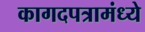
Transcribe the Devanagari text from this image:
कागदपत्रामंध्ये